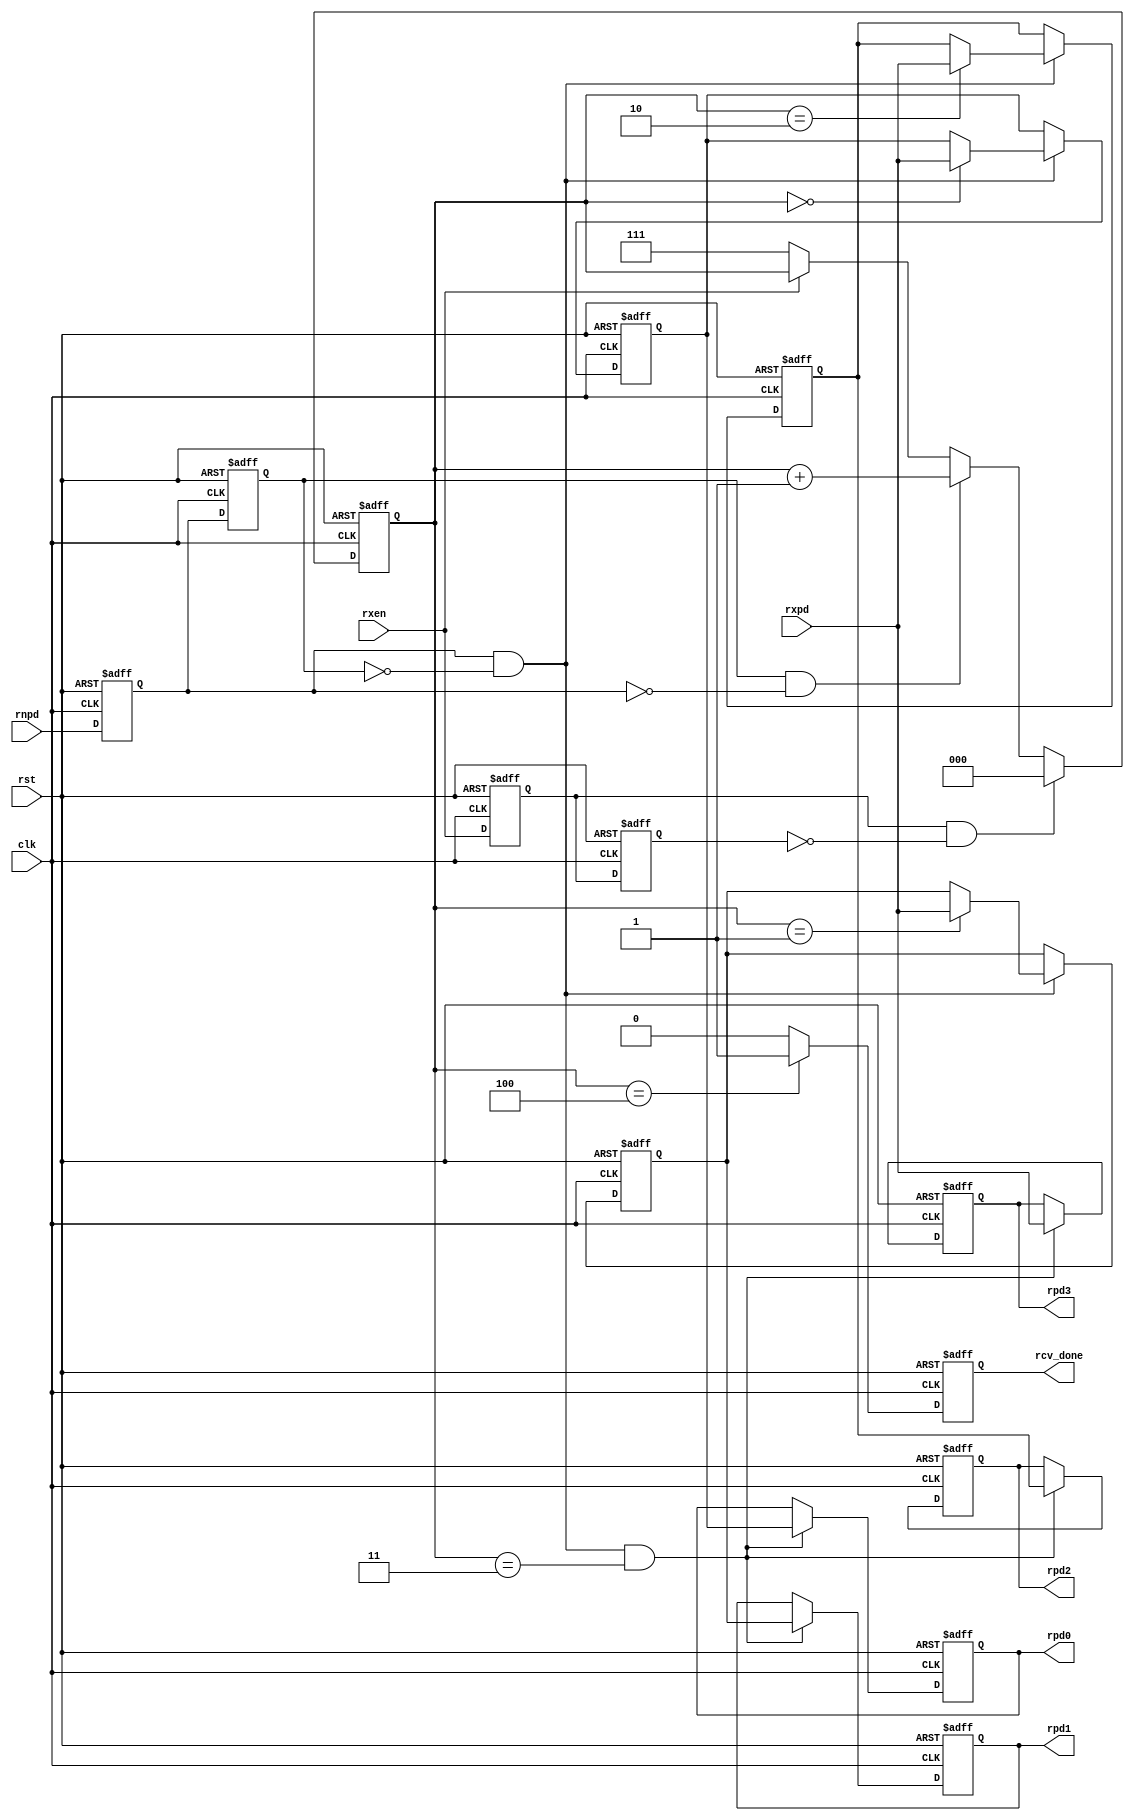
module rx232_rcv
    (
    input   rst,clk,
    input   rxen,rnpd,
    input   [7:0] rxpd,
    //
    output  reg rcv_done,
    output  reg [7:0] rpd0,rpd1,rpd2,rpd3
    );
    
reg [7:0] pd0,pd1,pd2;
reg rx0,rx1;
reg rn0,rn1;
reg [2:0] bycnt;

// Edge Detect : RXEN, RNPD
always@(negedge rst, posedge clk)
begin
    if (rst == 0)
        begin
            rx0 <= 0;   rx1 <= 0;
            rn0 <= 0;   rn1 <= 0;            
        end
    else
        begin
            rx0 <= rxen;   rx1 <= rx0;
            rn0 <= rnpd;   rn1 <= rn0;
        end
end          

// RPD Catch Timing Control Counter : BYCNT 
always@(negedge rst, posedge clk)
begin
    if (rst == 0)
        bycnt <= 3'h7;
    else 
        if (rx0 & ~rx1)
            bycnt <= 0;
        else if (rn1 & ~rn0)
            bycnt <= bycnt + 1;
        else if (rxen == 0)
            bycnt <= 3'h7;
end

// Parallel Data Catch
always@(negedge rst, posedge clk)
begin
    if (rst == 0)
        begin
            pd0 <= 8'hff;   pd1 <= 8'hff;   pd2 <= 8'hff;  // pd3 <= 8'hff;    
        end
    else 
        if (rn0 & ~rn1)
            case (bycnt)
            3'd0    : pd0 <= rxpd;
            3'd1    : pd1 <= rxpd;
            3'd2    : pd2 <= rxpd;
        //    3'd3    : pd3 <= rxpd;
            //default
            endcase
end     

// Parallel Data Catch
always@(negedge rst, posedge clk)
begin
    if (rst == 0)
        begin
            rpd0 <= 8'hff;   rpd1 <= 8'hff;   rpd2 <= 8'hff;   rpd3 <= 8'hff;    
        end
    else 
        if ((rn0 & ~rn1) & (bycnt == 3))
            begin
                rpd0 <= pd0;   
                rpd1 <= pd1;   
                rpd2 <= pd2;   
                rpd3 <= rxpd; 
            end
end     

// Done Signal
always@(negedge rst, posedge clk)
begin
    if (rst == 0)
        rcv_done <= 0;   
    else if (bycnt == 4)
        rcv_done <= 1;
    else 
        rcv_done <= 0; 
end     

endmodule